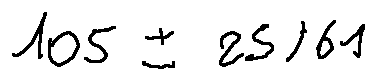
1 0 5 \pm 2 5 / 6 1